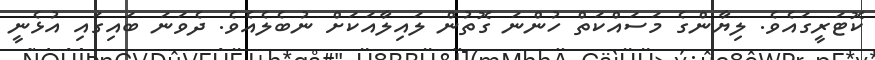
ކޮޓަރީގައެވެ. ލިޔާންގެ މަސައްކަތް ހުންނަ ގޮތުން ލައިލާއަކަށް ނުބެލެއެވެ. ދެވަނަ ބައިގައި އުޅެނީ